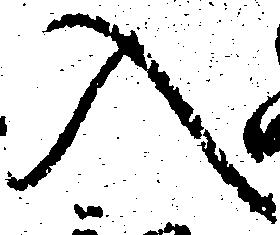
入